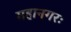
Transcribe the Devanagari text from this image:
महानगरः